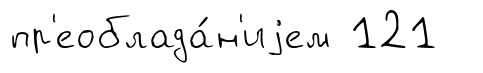
пр'еоблада́н'иjем 121